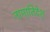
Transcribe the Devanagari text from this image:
नामातिदेश